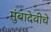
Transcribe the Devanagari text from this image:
मुंबादेवीचे